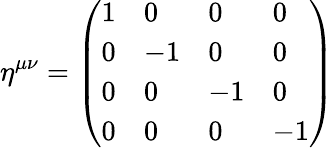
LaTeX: \eta^{\mu\nu}={\left(\begin{array}{llll}{1}&{0}&{0}&{0}\\ {0}&{-1}&{0}&{0}\\ {0}&{0}&{-1}&{0}\\ {0}&{0}&{0}&{-1}\end{array}\right)}